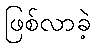
ဖြစ်လာခဲ့